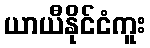
ယာယီနိုင်ငံကူး